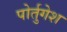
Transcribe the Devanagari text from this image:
पोर्तुगेश